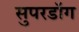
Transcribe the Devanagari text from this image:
सुपरडॉग